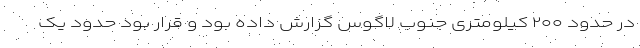
در حدود ۲۰۰ کیلومتری جنوب لاگوس گزارش داده بود و قرار بود حدود یک